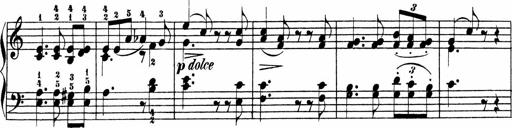
Title: 3 Sonatinen
Composer: Heinrich Lichner